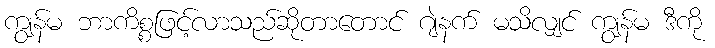
ကျွန်မ ဘာကိစ္စဖြင့်လာသည်ဆိုတာတောင် ဂျဲနက် မသိလျှင် ကျွန်မ ဒီကို